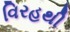
વિરહથી